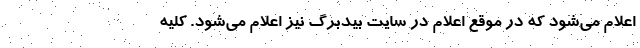
اعلام می‌شود که در موقع اعلام در سایت بیدبرگ نیز اعلام می‌شود. کلیه